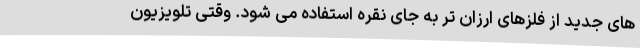
های جدید از فلزهای ارزان تر به جای نقره استفاده می شود. وقتی تلویزیون